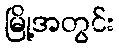
မြို့အတွင်း